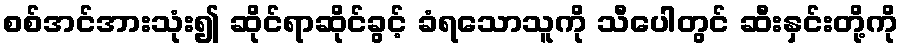
စစ်အင်အားသုံး၍ ဆိုင်ရာဆိုင်ခွင့် ခံရသောသူကို သီပေါတွင် ဆီးနှင်းတို့ကို